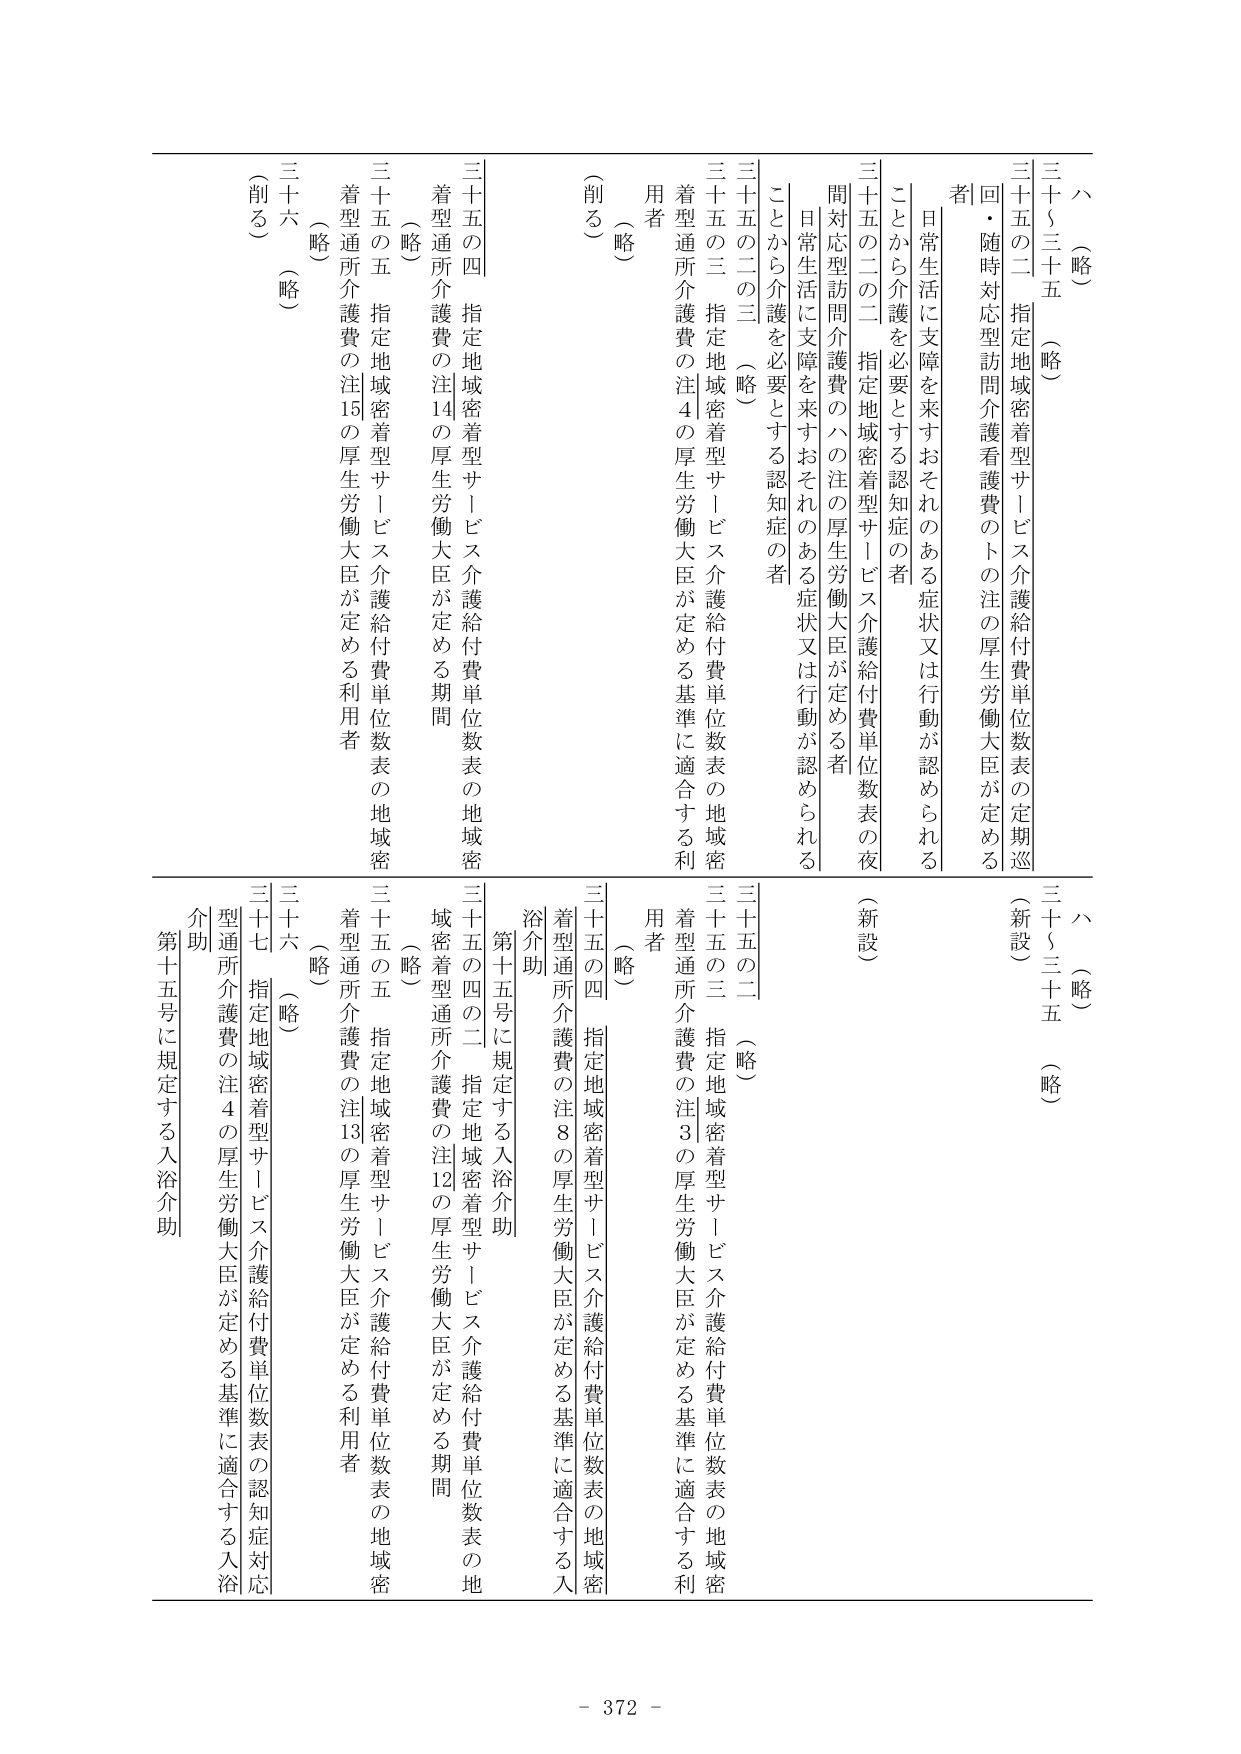
ハ（略）
三十五三十五（略）
三十五の二 指定地域密着型サービス介護給付費単位数表の定期巡回・随時対応型訪問介護看護費のトの注の厚生労働大臣が定める者
日常生活に支障を来すおそれのある症状又は行動が認められる
ことから介護を必要とする認知症の者
三十五の二の二 指定地域密着型サービス介護給付費単位数表の夜間対応型訪問介護費のハの注の厚生労働大臣が定める者
日常生活に支障を来すおそれのある症状又は行動が認められる
ことから介護を必要とする認知症の者
三十五の二の三（略）
三十五の三 指定地域密着型サービス介護給付費単位数表の地域密着型通所介護費の注４の厚生労働大臣が定める基準に適合する利用者
（略）
（削る）
三十五の四 指定地域密着型サービス介護給付費単位数表の地域密着型通所介護費の注14の厚生労働大臣が定める期間
（略）
三十五の五 指定地域密着型サービス介護給付費単位数表の地域密着型通所介護費の注15の厚生労働大臣が定める利用者
（略）
三十六（略）
（削る）

ハ（略）
三十五三十五（略）
（新設）
三十五の二（略）
三十五の三 指定地域密着型サービス介護給付費単位数表の地域密着型通所介護費の注３の厚生労働大臣が定める基準に適合する利用者
（略）
三十五の四 指定地域密着型サービス介護給付費単位数表の地域密着型通所介護費の注８の厚生労働大臣が定める基準に適合する入浴介助
第十五号に規定する入浴介助
三十五の四の二 指定地域密着型サービス介護給付費単位数表の地域密着型通所介護費の注12の厚生労働大臣が定める期間
（略）
三十五の五 指定地域密着型サービス介護給付費単位数表の地域密着型通所介護費の注13の厚生労働大臣が定める利用者
（略）
三十六（略）
三十七 指定地域密着型サービス介護給付費単位数表の認知症対応型通所介護費の注４の厚生労働大臣が定める基準に適合する入浴介助
第十五号に規定する入浴介助

- 372 -